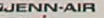
JENN-AIR